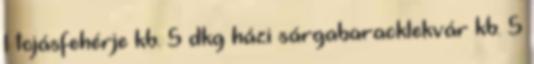
1 tojásfehérje kb. 5 dkg házi sárgabaracklekvár kb. 5